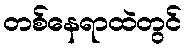
တစ်နေရာထဲတွင်